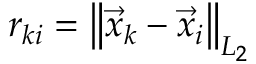
r _ { k i } = \left\lVert \vec { x } _ { k } - \vec { x } _ { i } \right\rVert _ { L _ { 2 } }